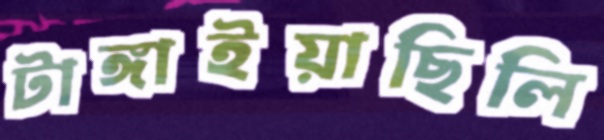
টাঙ্গাইয়াছিলি